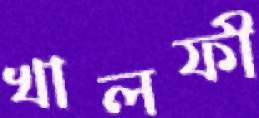
খালফী